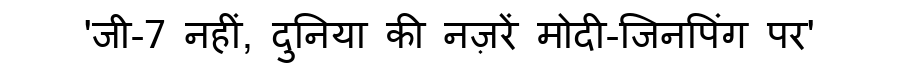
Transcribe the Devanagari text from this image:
'जी-7 नहीं, दुनिया की नज़रें मोदी-जिनपिंग पर'